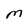
Character: m